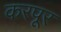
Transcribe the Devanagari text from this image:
करपूर